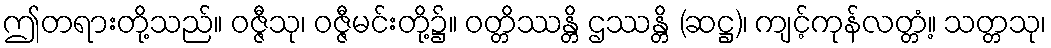
ဤတရားတို့သည်။ ဝဇ္ဇီသု၊ ဝဇ္ဇီမင်းတို့၌။ ဝတ္တိဿန္တိ ဌဿန္တိ (ဆဋ္ဌ)၊ ကျင့်ကုန်လတ္တံ့။ သတ္တသု၊